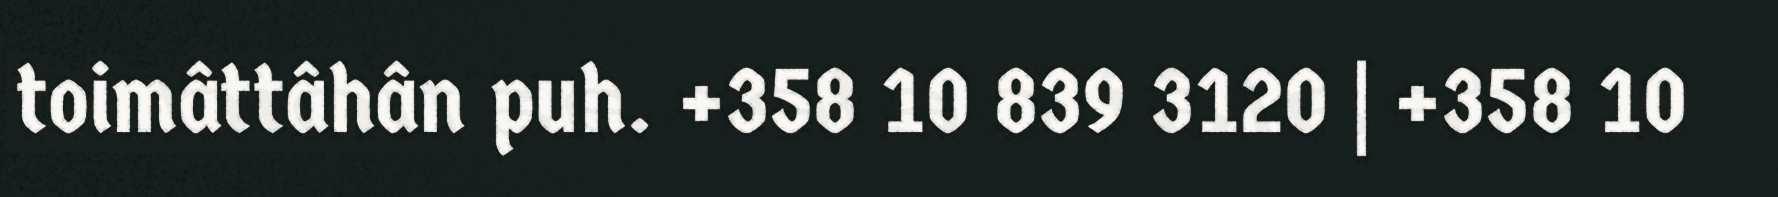
toimâttâhân puh. +358 10 839 3120 | +358 10